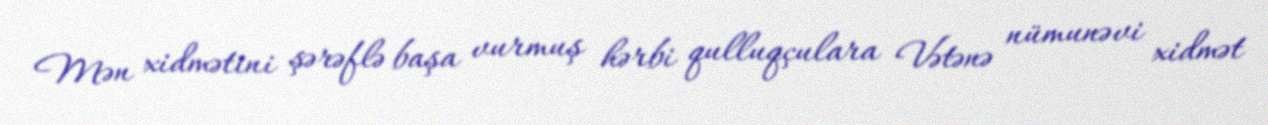
Mən xidmətini şərəflə başa vurmuş hərbi qulluqçulara Vətənə nümunəvi xidmət